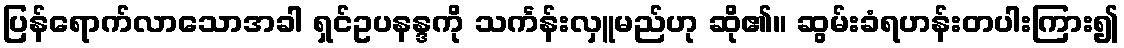
ပြန်ရောက်လာသောအခါ ရှင်ဥပနန္ဒကို သင်္ကန်းလှူမည်ဟု ဆို၏။ ဆွမ်းခံရဟန်းတပါးကြား၍